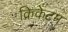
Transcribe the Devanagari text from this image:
क्रिकेटम